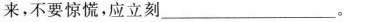
来，不要惊慌，应立刻____。